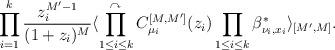
LaTeX: \begin{align*}\prod_{i=1}^{k}\frac{z_{i}^{M'-1}}{(1+z_{i})^{M}} \langle \prod_{1\le i \le k}^{\curvearrowright}C_{\mu_{i}}^{[M, M']}(z_{i})\prod_{1\le i \le k}\beta_{\nu_{i}, x_{i}}^{*}\rangle_{[M', M]}. \end{align*}